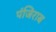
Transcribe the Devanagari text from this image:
पंजिराब